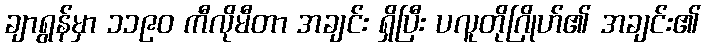
ချာရွန်မှာ ၁၁၉၀ ကီလိုမီတာ အချင်း ရှိပြီး ပလူတိုဂြိုဟ်၏ အချင်း၏